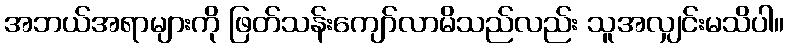
အဘယ်အရာများကို ဖြတ်သန်းကျော်လာမိသည်လည်း သူအလျှင်းမသိပါ။